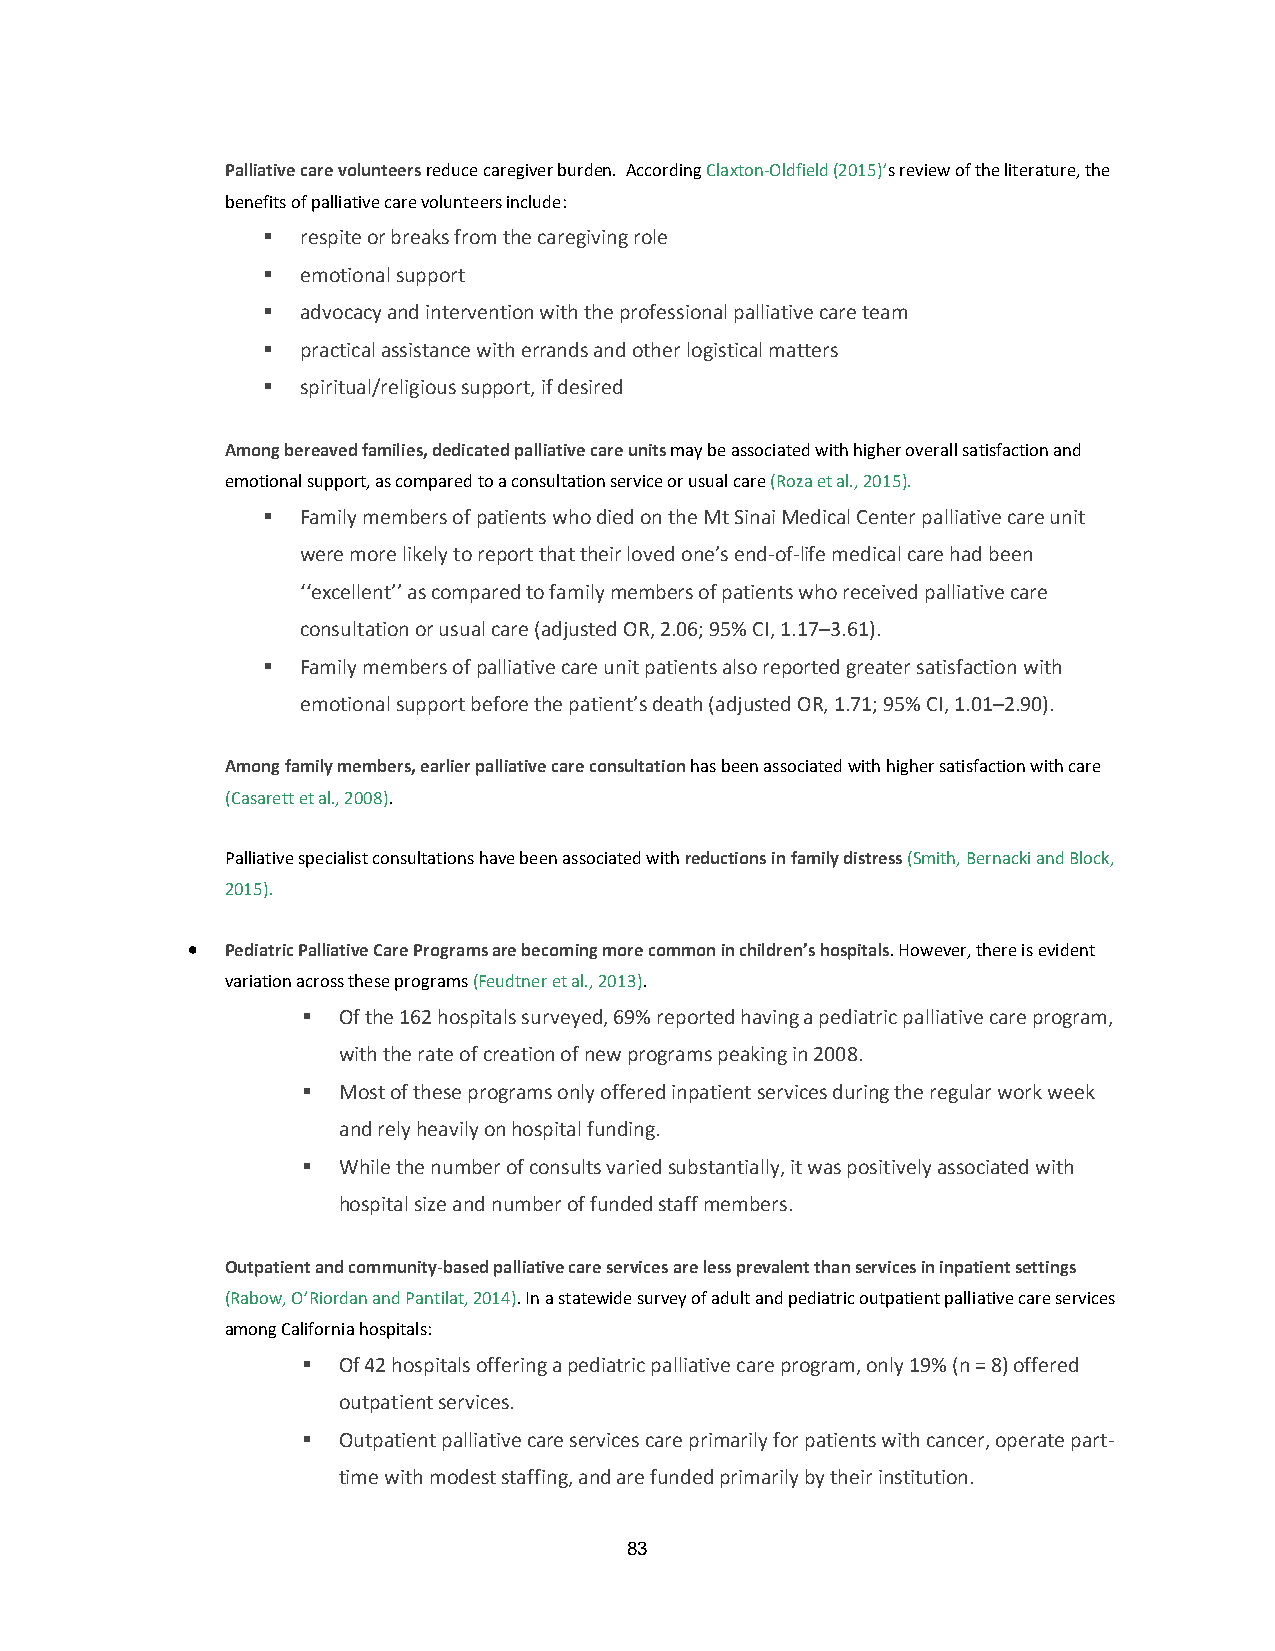
Palliative care volunteers reduce caregiver burden. According Claxton-Oldfield (2015)’s review of the literature, the
 benefits of palliative care volunteers include:
   respite or breaks from the caregiving role
   emotional support
   advocacy and intervention with the professional palliative care team
   practical assistance with errands and other logistical matters
   spiritual/religious support, if desired
 Among bereaved families, dedicated palliative care units may be associated with higher overall satisfaction and
 emotional support, as compared to a consultation service or usual care (Roza et al., 2015).
   Family members of patients who died on the Mt Sinai Medical Center palliative care unit
 were more likely to report that their loved one’s end-of-life medical care had been
 ‘‘excellent’’ as compared to family members of patients who received palliative care
 consultation or usual care (adjusted OR, 2.06; 95% CI, 1.17–3.61).
   Family members of palliative care unit patients also reported greater satisfaction with
 emotional support before the patient’s death (adjusted OR, 1.71; 95% CI, 1.01–2.90).
 Among family members, earlier palliative care consultation has been associated with higher satisfaction with care
 (Casarett et al., 2008).
 Palliative specialist consultations have been associated with reductions in family distress (Smith, Bernacki and Block,
 2015).
 •  Pediatric Palliative Care Programs are becoming more common in children’s hospitals. However, there is evident
 variation across these programs (Feudtner et al., 2013).
  Of the 162 hospitals surveyed, 69% reported having a pediatric palliative care program,
 with the rate of creation of new programs peaking in 2008.
  Most of these programs only offered inpatient services during the regular work week
 and rely heavily on hospital funding.
  While the number of consults varied substantially, it was positively associated with
 hospital size and number of funded staff members.
 Outpatient and community-based palliative care services are less prevalent than services in inpatient settings
 (Rabow, O’Riordan and Pantilat, 2014). In a statewide survey of adult and pediatric outpatient palliative care services
 among California hospitals:
  Of 42 hospitals offering a pediatric palliative care program, only 19% (n = 8) offered
 outpatient services.
  Outpatient palliative care services care primarily for patients with cancer, operate part-
 time with modest staffing, and are funded primarily by their institution.
 83